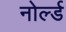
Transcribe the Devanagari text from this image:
नोर्ल्ड